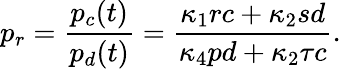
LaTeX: p_{r}=\frac{p_{c}(t)}{p_{d}(t)}=\frac{\kappa_{1}rc+\kappa_{2}sd}{\kappa_{4}pd+\kappa_{2}\tau c}.